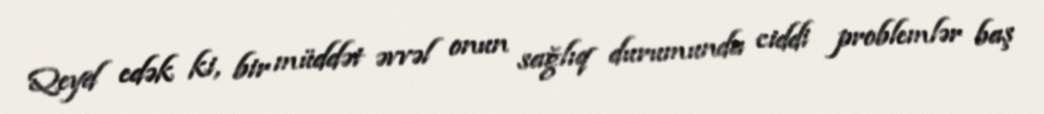
Qeyd edək ki, bir müddət əvvəl onun sağlıq durumunda ciddi problemlər baş